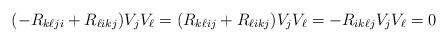
LaTeX: \begin{align*}( - R_{k\ell ji } + R_{\ell i k j} ) V_j V_\ell =( R_{k\ell ij} + R_{\ell i kj} ) V_j V_\ell= -R_{ik\ell j} V_j V_\ell =0\end{align*}